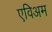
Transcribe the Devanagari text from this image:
एविअम